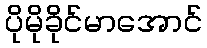
ပိုမိုခိုင်မာအောင်